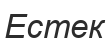
Естек